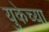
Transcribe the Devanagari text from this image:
युकेच्या